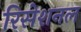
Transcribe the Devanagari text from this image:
रिसेशनल